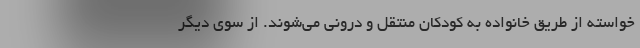
خواسته از طریق خانواده به کودکان منتقل و درونی می‌شوند. از سوی دیگر